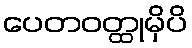
ပေတဝတ္ထုမှိပိ